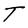
Character: T